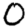
Digit: 0